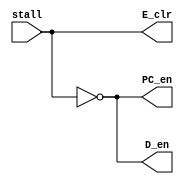
`timescale 1ns / 1ps
//////////////////////////////////////////////////////////////////////////////////
// Company: 
// Engineer: 
// 
// Design Name: 
// Module Name:    STALLCTR 
// Project Name: 
// Target Devices: 
// Tool versions: 
// Description: 
//
// Dependencies: 
//
// Revision: 
// Revision 0.01 - File Created
// Additional Comments: 
//
//////////////////////////////////////////////////////////////////////////////////
module STALLCTR(
	input stall,
	output PC_en,E_clr,D_en
    );
	 
	 assign PC_en = !stall;
	 assign E_clr = stall;
	 assign D_en = !stall;


endmodule